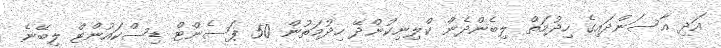
އަދި އާސަންދައިގެ ހިދުމަތް ލިބެންދެން ކްލިނިކުންދޭ ހިދުމަތުން 50 ޕަސެންޓް ޑިސްކައުންޓް ލިބޭނެ